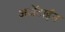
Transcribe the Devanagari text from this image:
अर्जेंटाईन